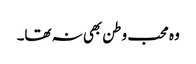
وہ محب وطن بھی نہ تھا۔